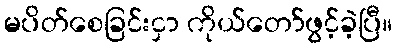
မပိတ်စေခြင်းငှာ ကိုယ်တော်ဖွင့်ခဲ့ပြီ။